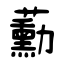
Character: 蘍